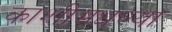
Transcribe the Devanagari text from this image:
काशीमधल्या